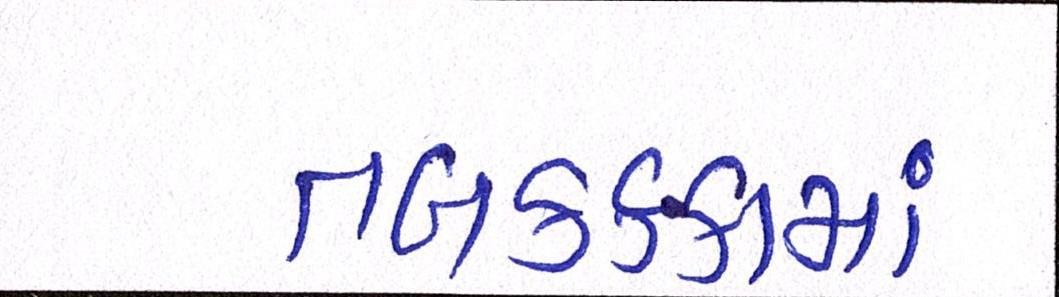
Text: તબકક્કામાં